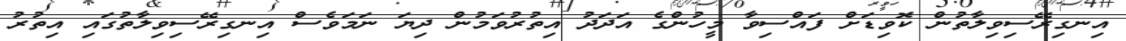
އިނގިރޭސިވިލާތުން ކޮވިޑަށް ފައްސިވާ މީހުންގެ އަދަދު އިތުރުވަމުން ދިޔަ ނަމަވެސް އިނގިރޭސިވިލާތުގައި އިތުރު